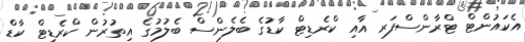
އެކައުންޓް ޓްރާންސްފަރ އާއި ކްރެޑިޓް ކާޑުގެ ބެލެންސް ބެލުމުގެ އިތުރުން ކްރެޑިޓް ކާޑް